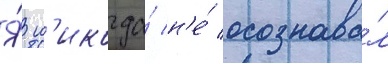
Я́ н'икогда́ н'е́ осознава́л